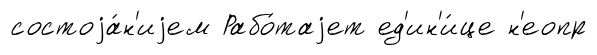
состоjа́н'иjем Рабо́таjет ед'ин'и́це н'еопр